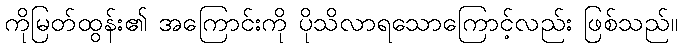
ကိုမြတ်ထွန်း၏ အကြောင်းကို ပိုသိလာရသောကြောင့်လည်း ဖြစ်သည်။